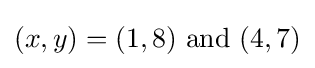
(x,y)=(1,8){\text{ and }}(4,7)